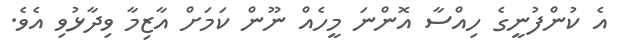
އެ ކުންފުނީގެ ހިއްސާ އޮންނަ މީހެއް ނޫން ކަމަށް އާޒިމާ ވިދާޅުވި އެވެ.